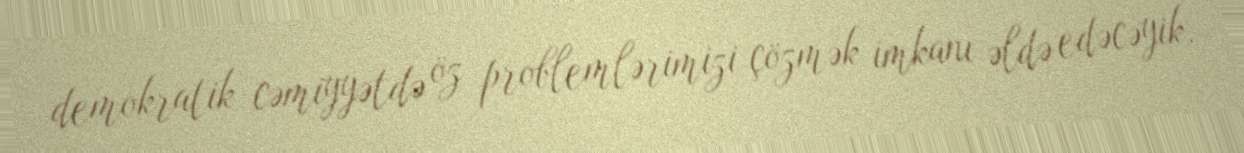
demokratik cəmiyyətdə öz problemlərimizi çözmək imkanı əldə edəcəyik.